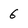
Character: 6